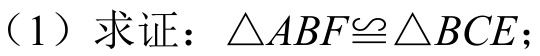
(1) 求证：\(\triangle ABF\cong\triangle BCE\)；